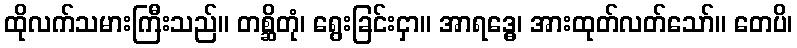
ထိုလက်သမားကြီးသည်။ တစ္ဆိတုံ၊ ရွေးခြင်းငှာ။ အာရဒ္ဓေ၊ အားထုတ်လတ်သော်။ တေပိ၊